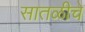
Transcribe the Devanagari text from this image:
सातळीचे